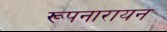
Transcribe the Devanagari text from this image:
रूपनारायन